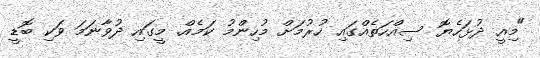
"މިއީ ދުޅަހެޔޮ ސިއްހަތެއްގައި ހުރުމަށް މުހިންމު ކަމެއް. މީގައި ދުވާނަމަ ވަކި ބޮޑީ